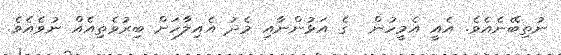
ނުތިބޭނެއެވެ. އެއީ އެމީހުން  ގެ އަޅުންނާއި މެދު އެއިލާހަށް ބިރުވެތިއެއް ނުވެއެވެ.